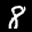
Label: 8